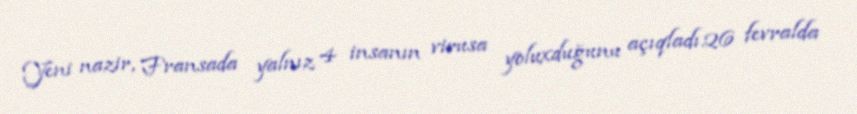
Yeni nazir, Fransada yalnız 4 insanın virusa yoluxduğunu açıqladı.26 fevralda